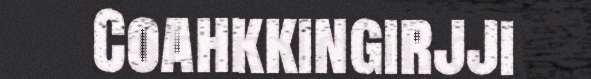
Coahkkingirjji